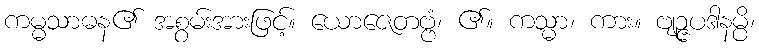
ကမ္မသာဓန၏ အစွမ်းအားဖြင့်။ ယောဇေတဗ္ဗံ၊ ၏။ ကသ္မာ၊ ကား။ ဗျဉ္ဇပဒါနမ္ပိ၊